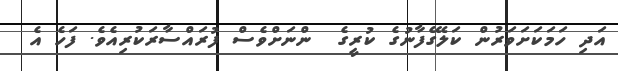
އަދި ހަމަކަށަވަރުން ކަލޭގެފާނުގެ ކުރީގެ  ންނަށްވެސް ފުރައްސާރަކުރިއެވެ. ފަހެ އެ